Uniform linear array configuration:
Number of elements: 12
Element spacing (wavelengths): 0.25
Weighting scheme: binomial
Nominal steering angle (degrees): -30
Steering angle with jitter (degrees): -28.779
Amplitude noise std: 0.05
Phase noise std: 0.05

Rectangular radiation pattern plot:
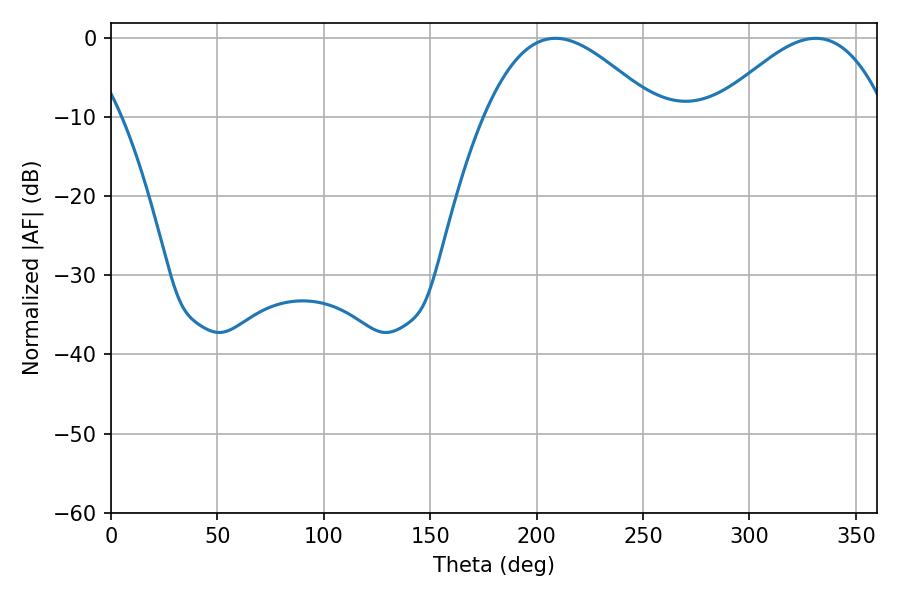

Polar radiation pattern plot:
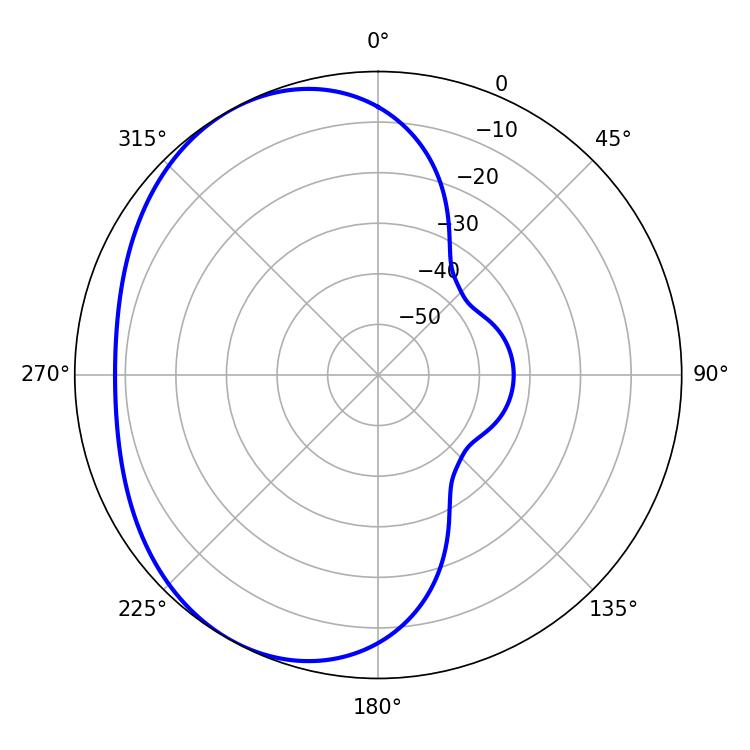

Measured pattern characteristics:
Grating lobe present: FALSE
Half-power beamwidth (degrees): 43.74
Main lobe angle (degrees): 208.8